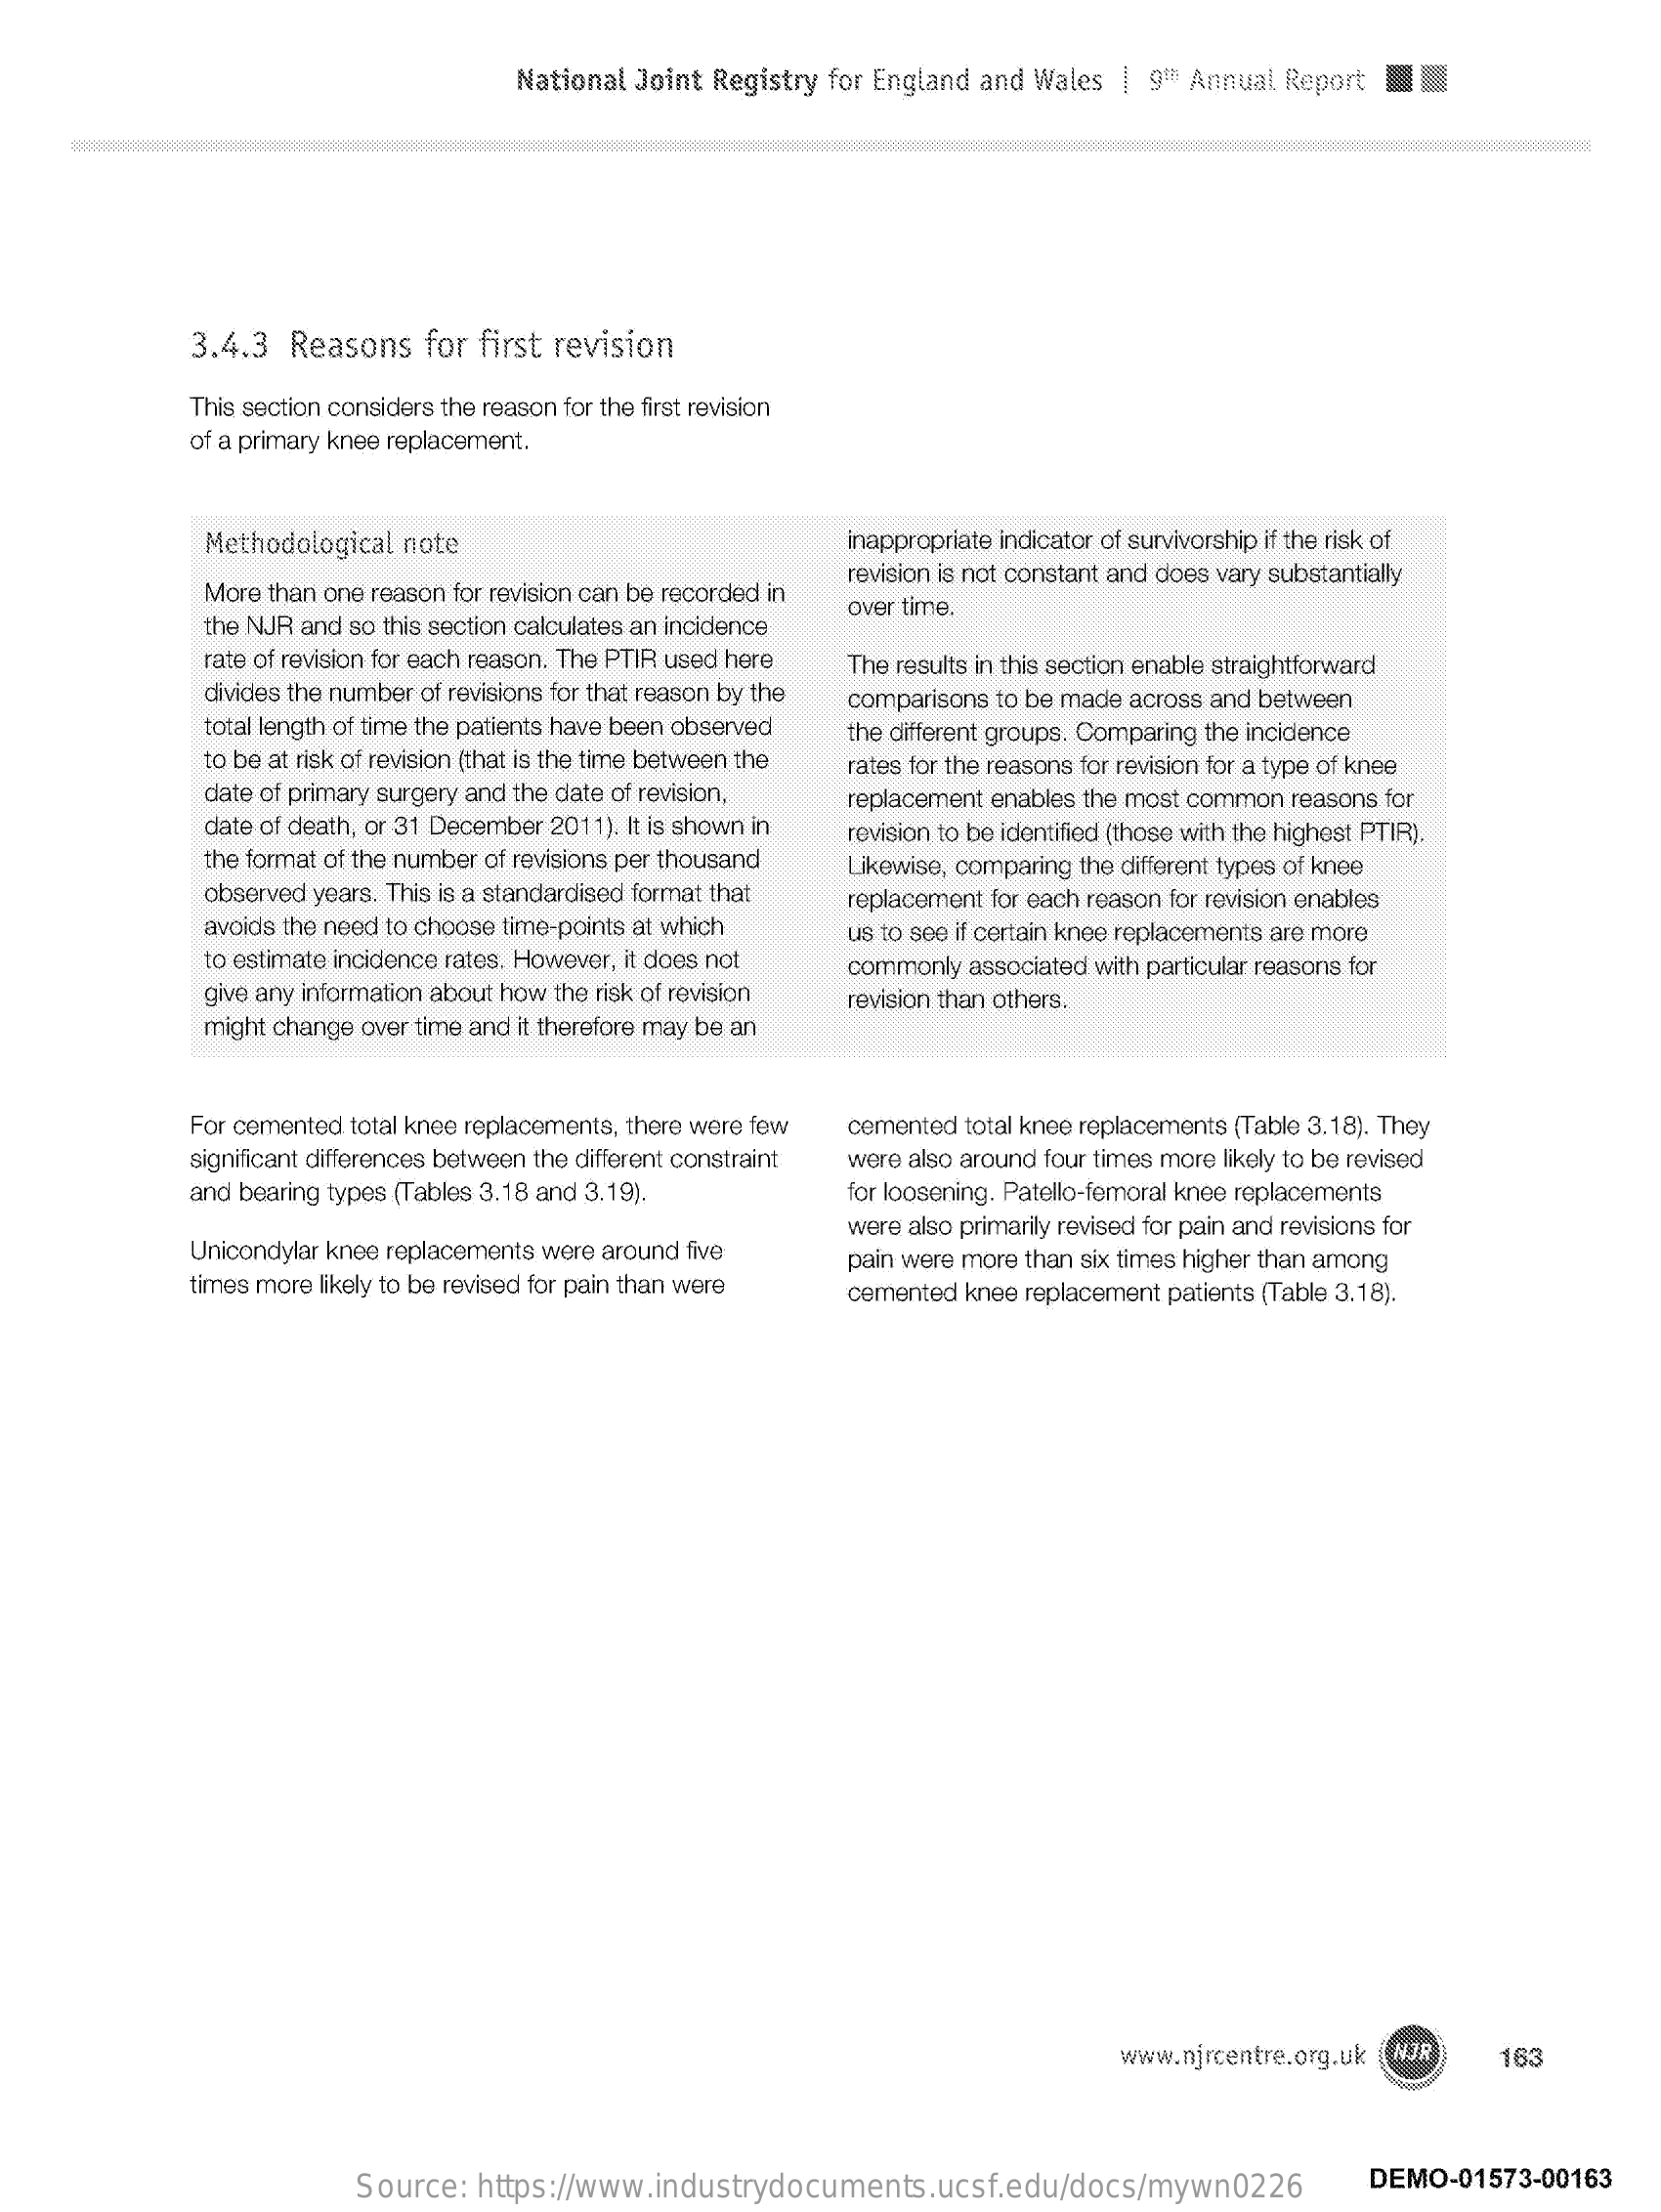
National Joint Registry for England and Wales | 9th Annual Report
     3.4.3  Reasons   for first revision
     This section considers the reason for the first revision
     of a primary knee replacement.
     Methodological note    inappropriate indicator of survivorship if the risk of
     More than one reason for revision can be recorded in
     revision is not constant and does vary substantially
     the NJR and so this section calculates an incidence
     over time.
     rate of revision for each reason. The PTIR used here
     divides the number of revisions for that reason by the
     The results in this section enable straightforward
     total length of time the patients have been observed
     comparisons to be made across and between
     to be at risk of revision (that is the time between the
     the different groups. Comparing the incidence
     date of primary surgery and the date of revision,
     rates for the reasons for revision for a type of knee
     date of death, or 31 December 2011). It is shown in
     replacement enables the most common reasons for
     the format of the number of revisions per thousand
     revision to be identified (those with the highest PTIR).
     observed years. This is a standardised format that
     Likewise, comparing the different types of knee
     avoids the need to choose time-points at which
     replacement for each reason for revision enables
     to estimate incidence rates. However, it does not
     us to see if certain knee replacements are more
     give any information about how the risk of revision
     commonly associated with particular reasons for
     might change over time and it therefore may be an
     revision than others.
     For cemented total knee replacements, there were few cemented total knee replacements (Table 3.18). They
     significant differences between the different constraint
     and bearing types (Tables 3.18 and 3.19).
     were also around four times more likely to be revised
     for loosening. Patello-femoral knee replacements
     Unicondylar knee replacements were around five
     were also primarily revised for pain and revisions for
     times more likely to be revised for pain than were
     pain were more than six times higher than among
     cemented knee replacement patients (Table 3.18).
     www.njrcentre.org.uk NJR   163
     Source:  https://www.industrydocuments.ucsf.edu/docs/mywn0226    DEMO-01573-00163